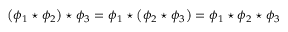
\bigl ( \phi _ { 1 } \star \phi _ { 2 } \bigr ) \star \phi _ { 3 } = \phi _ { 1 } \star \bigl ( \phi _ { 2 } \star \phi _ { 3 } \bigr ) = \phi _ { 1 } \star \phi _ { 2 } \star \phi _ { 3 }